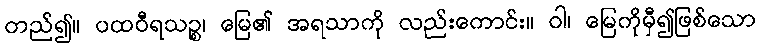
တည်၍။ ပထဝီရသဉ္စ၊ မြေ၏ အရသာကို လည်းကောင်း။ ဝါ၊ မြေကိုမှီ၍ဖြစ်သော